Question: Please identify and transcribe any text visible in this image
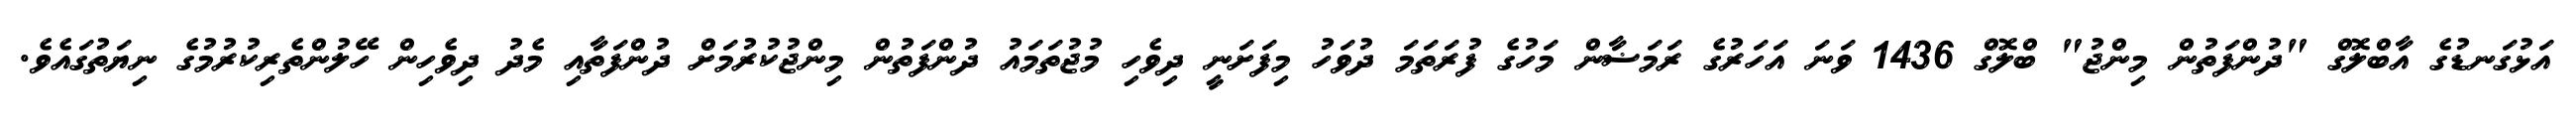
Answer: އަޅުގަނޑުގެ އާބްލޮގް "ދުންފަތުން މިންޖު" ބްލޮގް 1436 ވަނަ އަހަރުގެ ރަމަޟާން މަހުގެ ފުރަތަމަ ދުވަހު މިފަށަނީ ދިވެހި މުޖުތަމައު ދުންފަތުން މިންޖުކުރުމަށް ދުންފަތާއި މެދު ދިވެހިން ހޭލުންތެރިކުރުމުގެ ނިޔަތުގައެވެ.